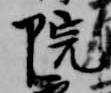
院